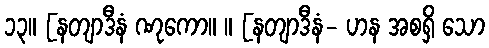
၁၃။ [နတျာဒီနံ ဏုကော။ ။ [နတျာဒီနံ- ဟန အစရှိ သော